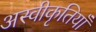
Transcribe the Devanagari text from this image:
अस्वीकृतियाँ